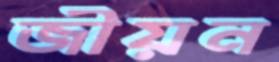
জীয়ন